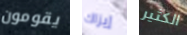
يقومون إيزاك الكثير